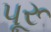
પૂરૂ